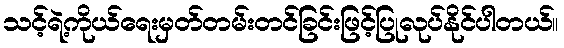
သင့်ရဲ့ကိုယ်ရေးမှတ်တမ်းတင်ခြင်းဖြင့်ပြုလုပ်နိုင်ပါတယ်။